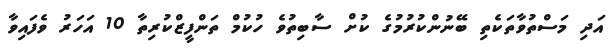
އަދި މަސްތުވާތަކެތި ބޭނުންކުރުމުގެ ކުށް ސާބިތުވެ ހުކުމް ތަންފީޒްކުރިތާ 10 އަހަރު ވެފައިވާ